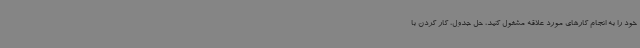
خود را به انجام کارهای مورد علاقه مشغول کنید، حل جدول، کار کردن با